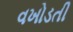
વખોડતી